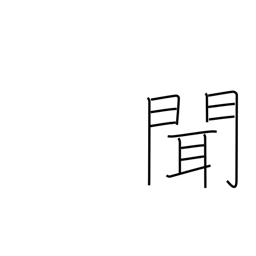
Meaning: hear